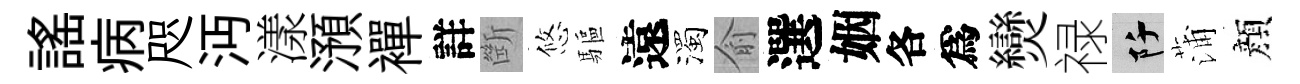
謡病咫沔漾澦襌詳㫁悠驅遠濁俞選姻各爲𤓖禄阡蒲顔